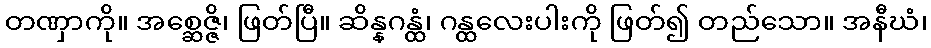
တဏှာကို။ အစ္ဆေဇ္ဇိ၊ ဖြတ်ပြီ။ ဆိန္နဂန္ထံ၊ ဂန္ထလေးပါးကို ဖြတ်၍ တည်သော။ အနီဃံ၊